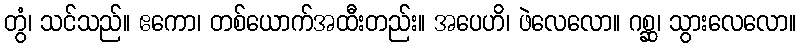
တွံ၊ သင်သည်။ ဧကော၊ တစ်ယောက်အထီးတည်း။ အပေဟိ၊ ဖဲလေလော။ ဂစ္ဆ၊ သွားလေလော။